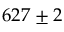
6 2 7 \pm 2